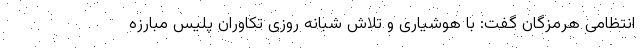
انتظامی هرمزگان گفت: با هوشیاری و تلاش شبانه روزی تکاوران پلیس مبارزه